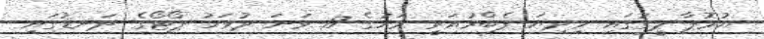
ޔުރޮޕާ ލީގުގައި މިދިޔަ ފެބްރުއަރީ މަހުގެ 17 ވަނަ ދުވަހު ޕޯޓޯގެ ދަނޑުގައި